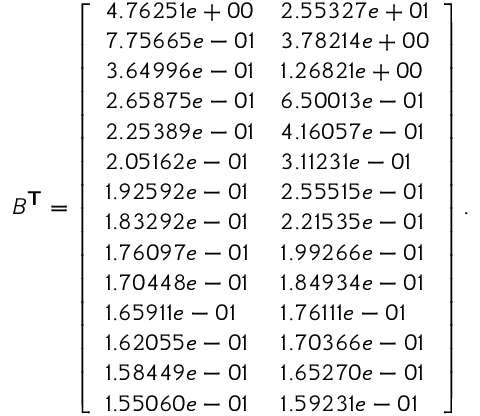
B ^ { \boldsymbol { \mathsf { T } } } = \left[ \begin{array} { l l } { 4 . 7 6 2 5 1 e + 0 0 } & { 2 . 5 5 3 2 7 e + 0 1 } \\ { 7 . 7 5 6 6 5 e - 0 1 } & { 3 . 7 8 2 1 4 e + 0 0 } \\ { 3 . 6 4 9 9 6 e - 0 1 } & { 1 . 2 6 8 2 1 e + 0 0 } \\ { 2 . 6 5 8 7 5 e - 0 1 } & { 6 . 5 0 0 1 3 e - 0 1 } \\ { 2 . 2 5 3 8 9 e - 0 1 } & { 4 . 1 6 0 5 7 e - 0 1 } \\ { 2 . 0 5 1 6 2 e - 0 1 } & { 3 . 1 1 2 3 1 e - 0 1 } \\ { 1 . 9 2 5 9 2 e - 0 1 } & { 2 . 5 5 5 1 5 e - 0 1 } \\ { 1 . 8 3 2 9 2 e - 0 1 } & { 2 . 2 1 5 3 5 e - 0 1 } \\ { 1 . 7 6 0 9 7 e - 0 1 } & { 1 . 9 9 2 6 6 e - 0 1 } \\ { 1 . 7 0 4 4 8 e - 0 1 } & { 1 . 8 4 9 3 4 e - 0 1 } \\ { 1 . 6 5 9 1 1 e - 0 1 } & { 1 . 7 6 1 1 1 e - 0 1 } \\ { 1 . 6 2 0 5 5 e - 0 1 } & { 1 . 7 0 3 6 6 e - 0 1 } \\ { 1 . 5 8 4 4 9 e - 0 1 } & { 1 . 6 5 2 7 0 e - 0 1 } \\ { 1 . 5 5 0 6 0 e - 0 1 } & { 1 . 5 9 2 3 1 e - 0 1 } \end{array} \right] .